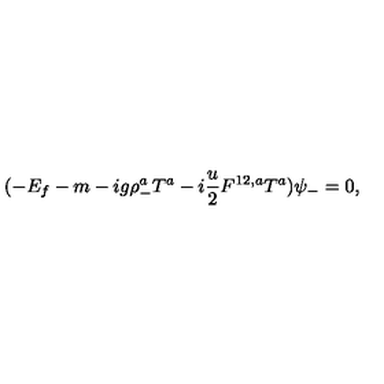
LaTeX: ( - E _ { f } - m - i g \rho _ { - } ^ { a } { T } ^ { a } - i \frac { u } { 2 } F ^ { 1 2 , a } { T } ^ { a } ) \psi _ { - } = 0 ,